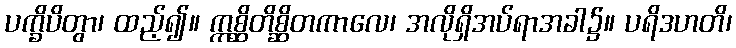
ပက္ခိပိတွာ၊ ထည့်၍။ ဣစ္ဆိတိစ္ဆိတကာလေ၊ အလိုရှိအပ်ရာအခါ၌။ ပရိဒဟတိ၊